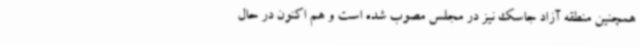
همچنین منطقه آزاد جاسک نیز در مجلس مصوب شده است و هم اکنون در حال